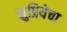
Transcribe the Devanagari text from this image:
सुप्रियेचा